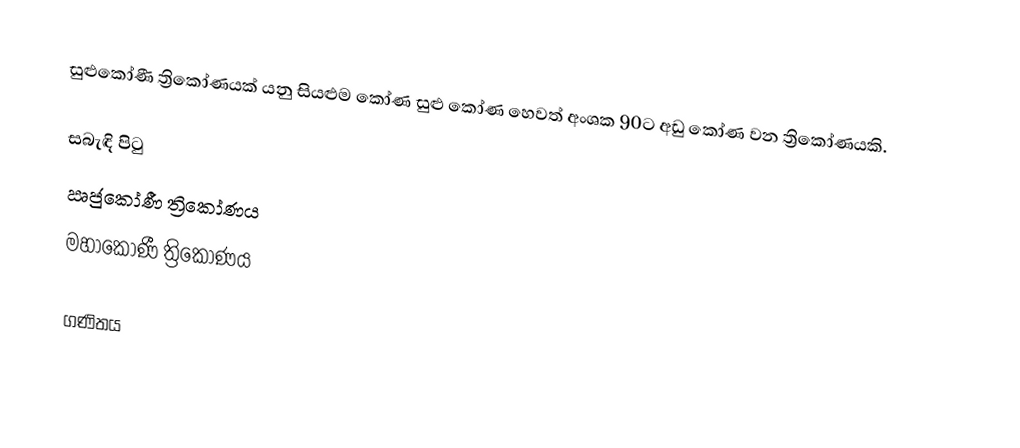
සුළුකෝණී ත්‍රිකෝණයක් යනු සියළුම කෝණ සුළු කෝණ හෙවත් අංශක 90ට අඩු කෝණ වන ත්‍රිකෝණයකි.

සබැඳි පිටු
 ඍජුකෝණී ත්‍රිකෝණය
 මහාකෝණී ත්‍රිකෝණය

ගණිතය